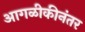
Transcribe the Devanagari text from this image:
आगळीकीनंतर